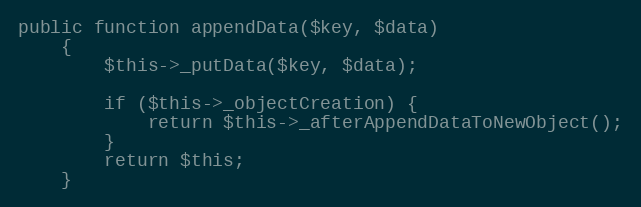
Language: PHP
public function appendData($key, $data)
    {
        $this->_putData($key, $data);

        if ($this->_objectCreation) {
            return $this->_afterAppendDataToNewObject();
        }
        return $this;
    }